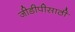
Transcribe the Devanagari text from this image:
जीडीपीसाठी